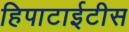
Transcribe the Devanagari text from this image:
हिपाटाईटीस